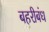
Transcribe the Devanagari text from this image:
बहरीबंध